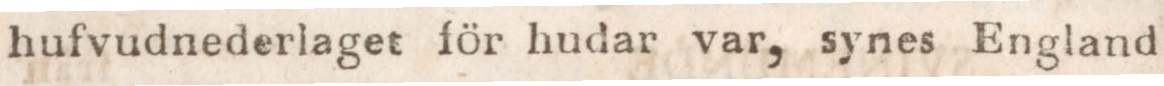
hufvudnederlaget för hudar var, synes England